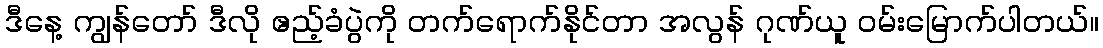
ဒီနေ့ ကျွန်တော် ဒီလို ဧည့်ခံပွဲကို တက်ရောက်နိုင်တာ အလွန် ဂုဏ်ယူ ဝမ်းမြောက်ပါတယ်။